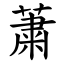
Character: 䔥